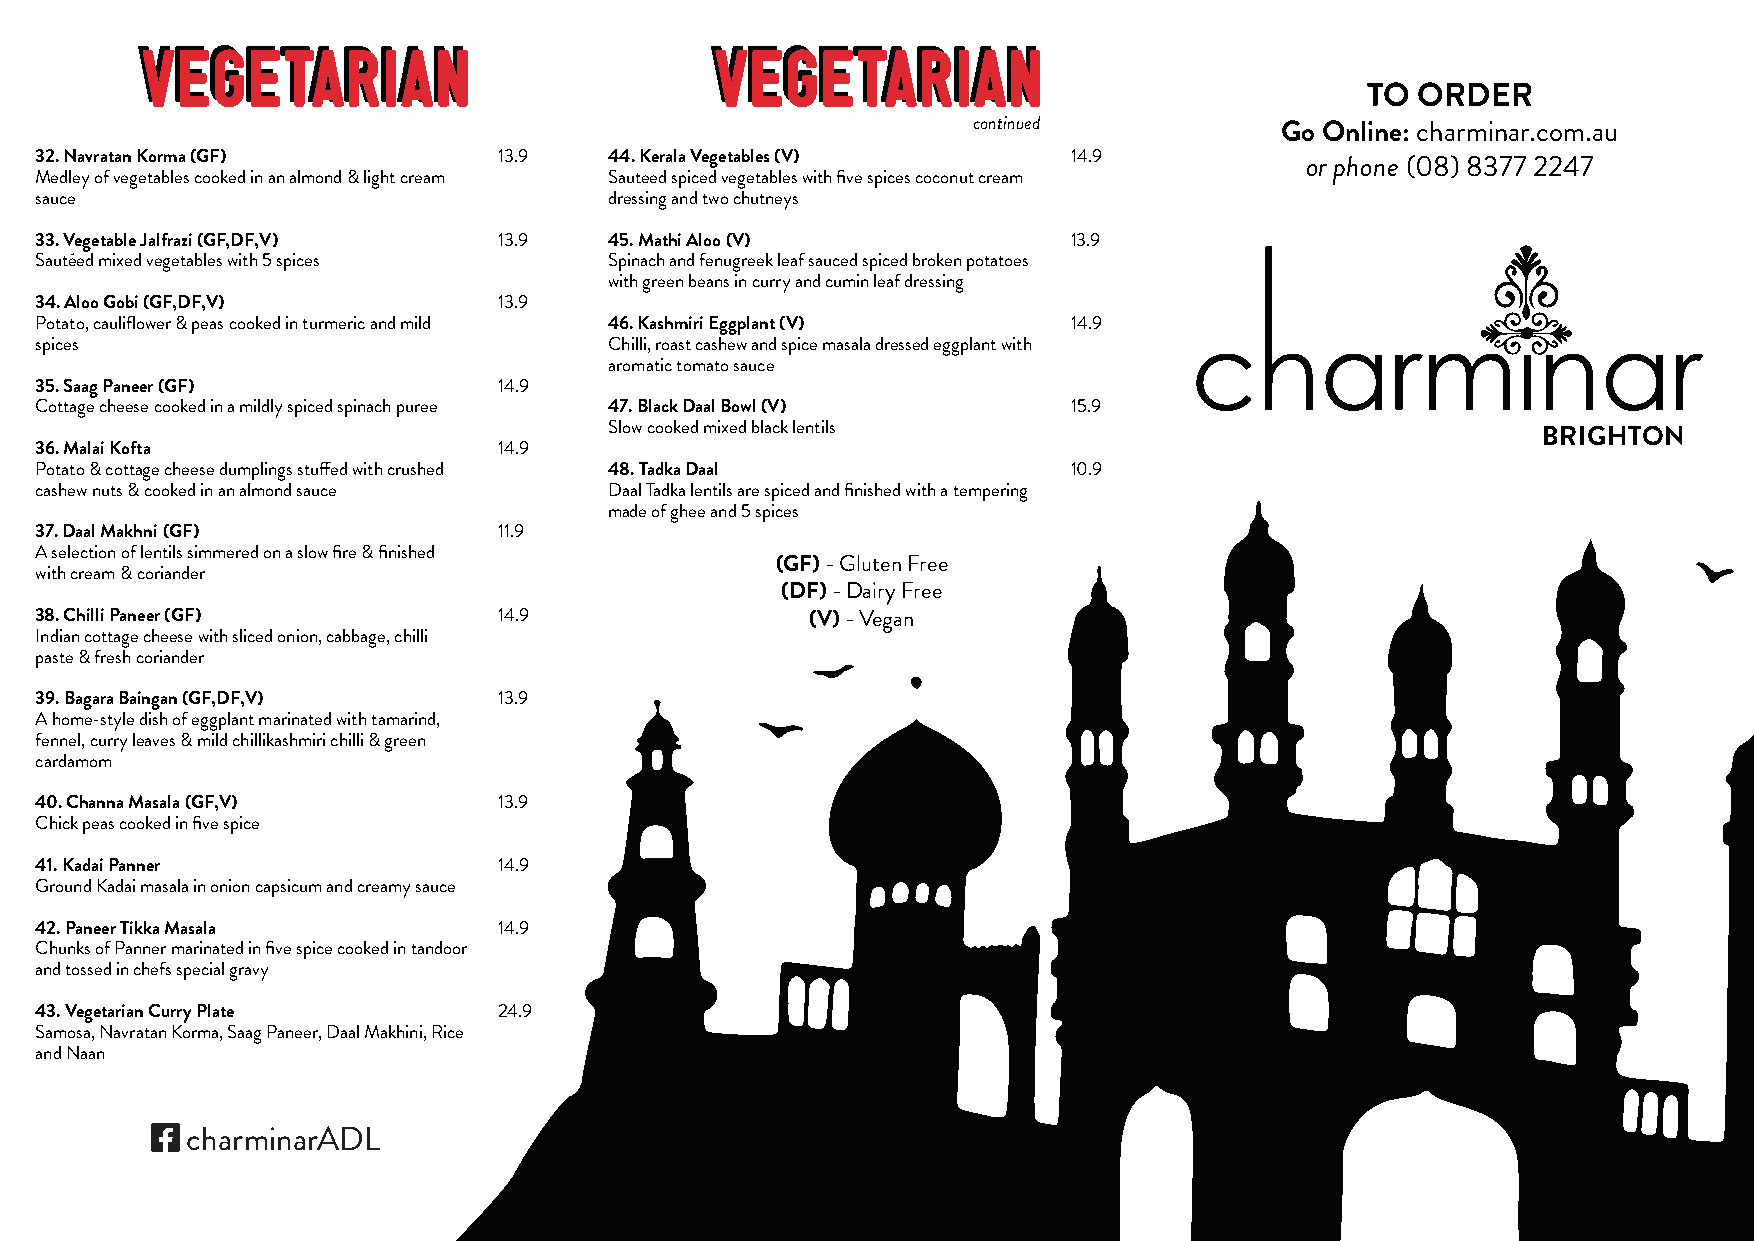
TO  ORDER
 continued            Go Online: charminar.com.au
 32. Navratan Korma (GF)        13.9   44. Kerala Vegetables (V)      14.9
 or phone (08) 8377 2247
 Medley of vegetables cooked in an almond & light cream Sauteed spiced vegetables with five spices coconut cream
 sauce                                 dressing and two chutneys
 33. Vegetable Jalfrazi (GF,DF,V) 13.9 45. Mathi Aloo (V)             13.9
 Sautéed mixed vegetables with 5 spices Spinach and fenugreek leaf sauced spiced broken potatoes
 with green beans in curry and cumin leaf dressing
 34. Aloo Gobi (GF,DF,V)        13.9
 Potato, cauliflower & peas cooked in turmeric and mild 46. Kashmiri Eggplant (V) 14.9
 spices                                Chilli, roast cashew and spice masala dressed eggplant with
 aromatic tomato sauce
 35. Saag Paneer (GF)           14.9
 Cottage cheese cooked in a mildly spiced spinach puree 47. Black Daal Bowl (V) 15.9
 Slow cooked mixed black lentils
 BRIGHTON
 36. Malai Kofta                14.9
 Potato & cottage cheese dumplings stuffed with crushed 48. Tadka Daal 10.9
 cashew nuts & cooked in an almond sauce Daal Tadka lentils are spiced and finished with a tempering
 made of ghee and 5 spices
 37. Daal Makhni (GF)           11.9
 A selection of lentils simmered on a slow fire & finished
 (GF) - Gluten Free
 with cream & coriander
 (DF) - Dairy Free
 38. Chilli Paneer (GF)         14.9                 (V) - Vegan
 Indian cottage cheese with sliced onion, cabbage, chilli
 paste & fresh coriander
 39. Bagara Baingan (GF,DF,V)   13.9
 A home-style dish of eggplant marinated with tamarind,
 fennel, curry leaves & mild chillikashmiri chilli & green
 cardamom
 40. Channa Masala (GF,V)       13.9
 Chick peas cooked in five spice
 41. Kadai Panner               14.9
 Ground Kadai masala in onion capsicum and creamy sauce
 42. Paneer Tikka Masala        14.9
 Chunks of Panner marinated in five spice cooked in tandoor
 and tossed in chefs special gravy
 43. Vegetarian Curry Plate     24.9
 Samosa, Navratan Korma, Saag Paneer, Daal Makhini, Rice
 and Naan
 
 charminarADL